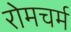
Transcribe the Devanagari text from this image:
रोमचर्म